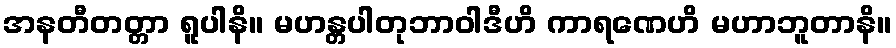
အနတီတတ္တာ ရူပါနိ။ မဟန္တပါတုဘာဝါဒီဟိ ကာရဏေဟိ မဟာဘူတာနိ။